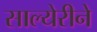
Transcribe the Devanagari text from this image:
साल्येरीने